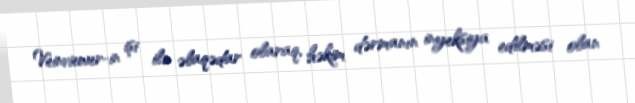
Veinviewer-in işi ilə əlaqədar olaraq, həkim dərmanın inyeksiya edilməsi olan